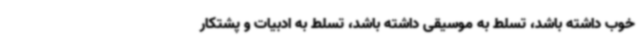
خوب داشته باشد، تسلط به موسیقی داشته باشد، تسلط به ادبیات و پشتکار